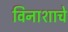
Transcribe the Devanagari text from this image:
विनाशाचे